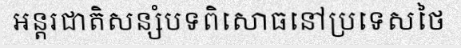
អន្តរជាតិសន្សំបទពិសោធនៅប្រទេសថៃ